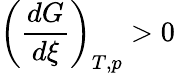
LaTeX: \left({\frac{dG}{d\xi}}\right)_{T,p}>0